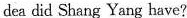
dea did Shang Yang have？